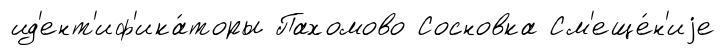
ид'ент'иф'ика́торы Пахомово Сосновка См'еще́н'иjе